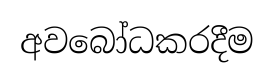
අවබෝධකරදීම